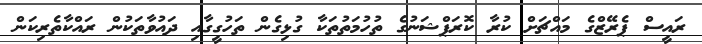
ރައީސް ޕެރޭޒްގެ މައްޗަށް ކުރާ ކޮރަޕްޝަނުގެ ތުހުމަތުތަކާ ގުޅިގެން ތަހުގީގާއި ދައުވާތަކުން ރައްކާތެރިކަން